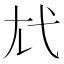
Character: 𢍽